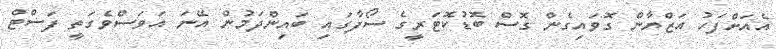
އެއަށްފަހު އަޒްޔާން ގޮވައިގެން ގޮސް ބޮޑުކޮޓަރީގެ ސޯފާގައި ބައިންދަމުން އޭނަ އަވަސްވެގަތީ ފަސްޓް